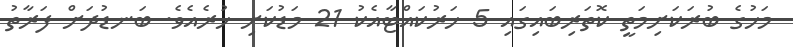
މަހުގެ ބުރަކަށިމަތީ ކޮތަރިބައިގައި 5 ހަރުކައްޓާއެކު 21 މަޑުކަށި ހުރެއެވެ. ބަނޑުދަށް ފަރާތު